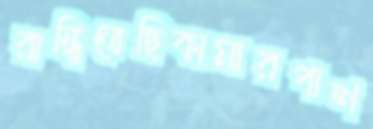
রান্ধিতেছিকামারপাশ